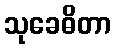
သုခေဓိတာ